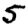
Digit: 5